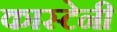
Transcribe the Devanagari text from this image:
कास्टेनी